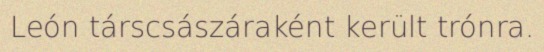
León társcsászáraként került trónra.